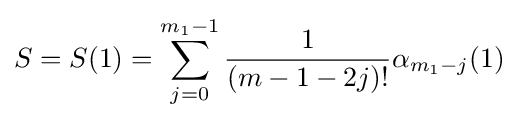
S=S(1)=\sum _{j=0}^{m_{1}-1}{\frac {1}{(m-1-2j)!}}\alpha _{m_{1}-j}(1)